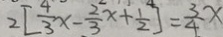
2 [ \frac { 4 } { 3 } x - \frac { 2 } { 3 } x + \frac { 1 } { 2 } ] = \frac { 3 } { 4 } x